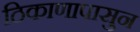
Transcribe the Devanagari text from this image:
ठिकाणापासुन